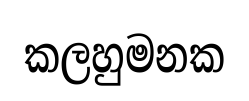
කලහුමනක